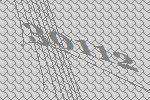
30112